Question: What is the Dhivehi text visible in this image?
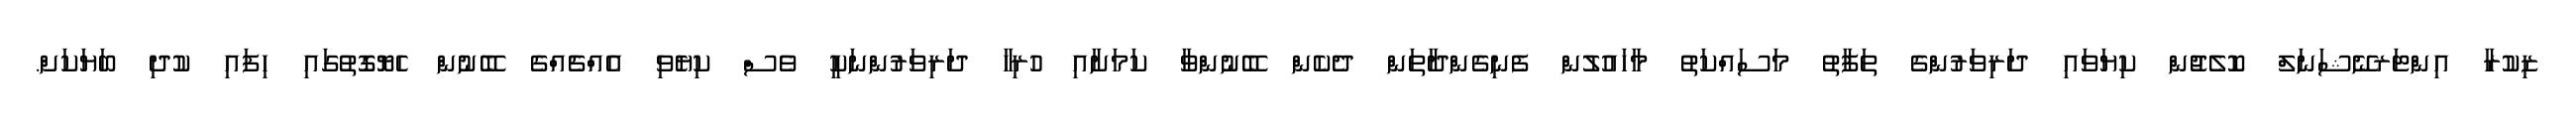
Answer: ޒިކުރާ އިންޓަރނޭޝަނަލް ކޮލެޖުން ކިޔަވައި ދަރިވަރުންގެ ތަފާތު މަސައްކަތު މާހައުލުން ފެނިގެންދާތަން ދެކެން ބޭނުންވާ ކަމަށާއި ހުރިހާ ދަރިވަރުންނަކީ ވެސް ކިޔެވި އެއްޗެއްގެ ބޭނުން ހެޔޮގޮތުގައި ހިފައި ކުދި ބަޔަކަށް.